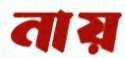
নায়